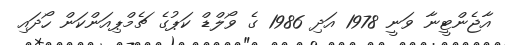
އާޖެންޓީނާ ވަނީ 1978 އަދި 1986 ގެ ވޯލްޑް ކަޕުގެ ޗެމްޕިއަންކަން ހޯދައި